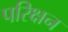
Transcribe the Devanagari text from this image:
परिक्षन